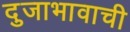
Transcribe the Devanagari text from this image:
दुजाभावाची